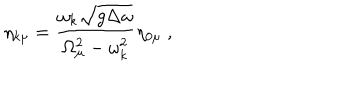
\eta _ { k \mu } = \frac { \omega _ { k } \sqrt { g \Delta \omega } } { \Omega _ { \mu } ^ { 2 } - \omega _ { k } ^ { 2 } } \eta _ { 0 \mu } \; ,